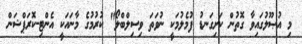
މި އުޞޫލުގައިވާ ގޮތުން ކަށިގަނޑު ފުމެލުމަކީ ނުވަތަ ވިސިލްބްލޯ" ކުރުމުގެ މާނައަކީ އެންޓި-ކޮރަޕްޝަން